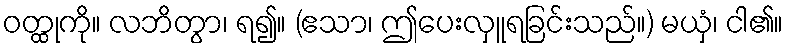
ဝတ္ထုကို။ လဘိတွာ၊ ရ၍။ (ဧသာ၊ ဤပေးလှူရခြင်းသည်။) မယှံ၊ ငါ၏။